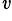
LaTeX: ^\mathit{v}